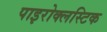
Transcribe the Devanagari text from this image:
पाइरोक्लस्टिक